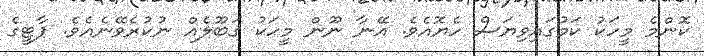
ކޮންމެ މީހަކު ކަމުގައިވިޔަސް ހެޔޮއެވެ. އޭނާ ނޫން މީހަކު ޤަބޫލެއް ނުކުރެވޭނެއެވެ. ޕާޓީގެ